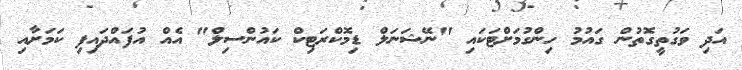
އަދި ވަގުތީގޮތުން ގައުމު ހިންގުމަށްޓަކައި "ނޭޝަނަލް ޑިމޮކްރަޓިކް ކައުންސިލް" އެއް އުފައްދައިފި ކަމަށާއި